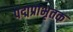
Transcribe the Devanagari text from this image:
पद्मप्राभृतक